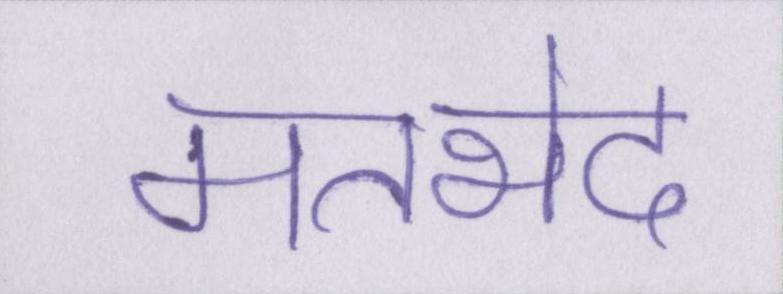
मतभेद